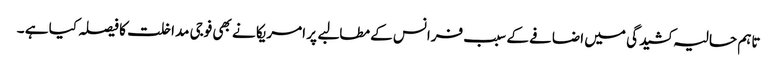
تاہم حالیہ کشیدگی میں اضافے کے سبب فرانس کے مطالبے پر امریکا نے بھی فوجی مداخلت کا فیصلہ کیا ہے ۔